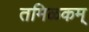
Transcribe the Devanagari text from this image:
तमिळकम्‌